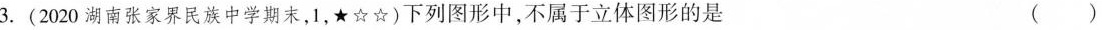
3.(2020湖南张家界民族中学期末，1，*☆☆)下列图形中，不属于立体图形的是 (